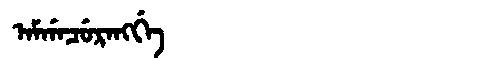
Manchu: ᠠᠮᡤᠠᠴᡠᡵᠠᠩᡤᡝ
Romanization: AMGACURANGGE